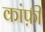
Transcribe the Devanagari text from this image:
कांफ़ी